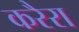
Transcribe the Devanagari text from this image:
करैरा